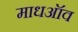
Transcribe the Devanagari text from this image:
माधऑव